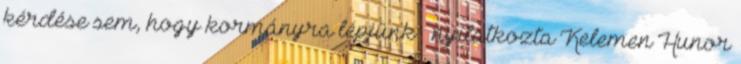
kérdése sem, hogy kormányra lépjünk – nyilatkozta Kelemen Hunor